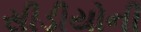
સીડીયોની